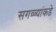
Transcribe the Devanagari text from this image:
सगळ्यांकडे